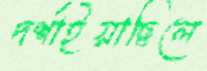
দর্শাইয়াছিলে